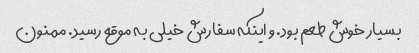
بسیار خوش طعم بود. و اینکه سفارش خیلی به موقع رسید. ممنون